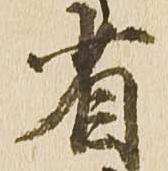
省